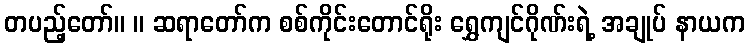
တပည့်တော်။ ။ ဆရာတော်က စစ်ကိုင်းတောင်ရိုး ရွှေကျင်ဂိုဏ်းရဲ့ အချုပ် နာယက